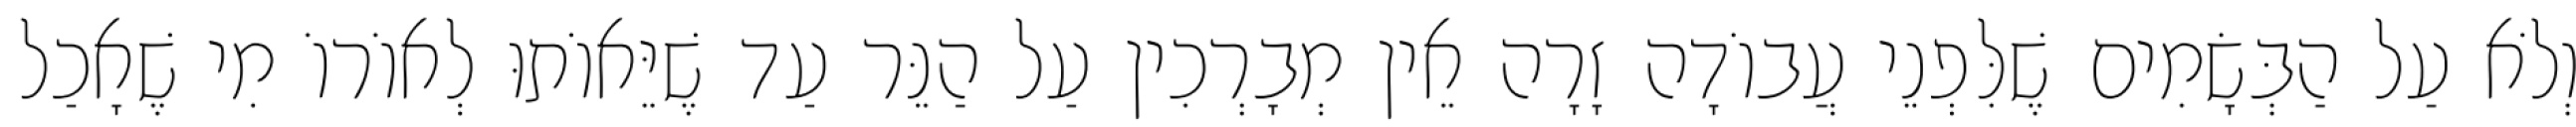
וְלֹא עַל הַבְּשָׂמִים שֶׁלִּפְנֵי עֲבוֹדָה זָרָה אֵין מְבָרְכִין עַל הַנֵּר עַד שֶׁיֵּאוֹתוּ לְאוֹרוֹ מִי שֶׁאָכַל